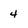
Character: 4